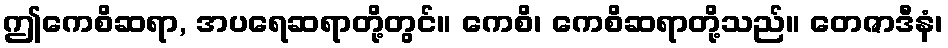
ဤကေစိဆရာ, အပရေဆရာတို့တွင်။ ကေစိ၊ ကေစိဆရာတို့သည်။ တေဇာဒီနံ၊